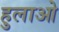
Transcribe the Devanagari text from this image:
हुलाओ